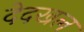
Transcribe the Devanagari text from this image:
देदखल